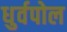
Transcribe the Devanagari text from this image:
धुर्वपोल